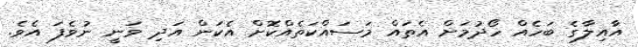
އާއިލާގެ ބަހެއް ހޯދުމަށް އެތައް މަސައްކަތެއްކޮށް އެކަން އަދި ވަނީ ނުވެފަ އެވެ.